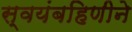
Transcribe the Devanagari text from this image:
स्वयंबहिणीने